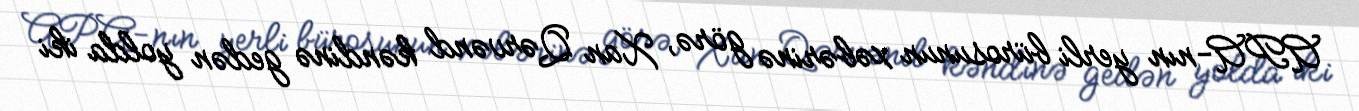
APA-nın yerli bürosunun xəbərinə görə, Xan Qərvənd kəndinə gedən yolda iki